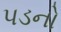
પડનો